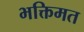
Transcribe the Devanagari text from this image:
भक्तिमत